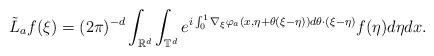
LaTeX: \begin{align*}\tilde L_a f(\xi)= (2\pi)^{-d}\int_{\mathbb{R}^d} \int_{\mathbb{T}^d} e^{i\int_0^1 \nabla_\xi \varphi_a(x,\eta+\theta(\xi-\eta))d\theta \cdot (\xi-\eta)} f(\eta) d\eta dx .\end{align*}